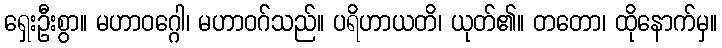
ရှေးဦးစွာ။ မဟာဝဂ္ဂေါ၊ မဟာဝဂ်သည်။ ပရိဟာယတိ၊ ယုတ်၏။ တတော၊ ထိုနောက်မှ။